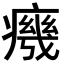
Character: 𭼧